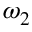
\omega _ { 2 }